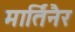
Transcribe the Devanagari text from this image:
मार्तिनैर